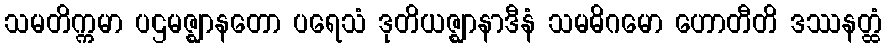
သမတိက္ကမာ ပဌမဇ္ဈာနတော ပရေသံ ဒုတိယဇ္ဈာနာဒီနံ သမဓိဂမော ဟောတီတိ ဒဿနတ္ထံ